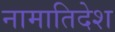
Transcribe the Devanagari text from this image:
नामातिदेश